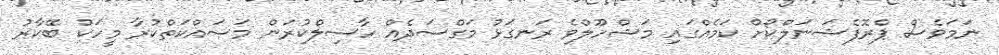
ނަަމަވެސް ޕްރޮފެޝަނަލްކޯށް ކަމެއްގައި މަޝްހޫލްވެ ރަނގަޅު މަގްސަދެއް ހާސިލްކުރަން މަސައްކަތްކުރާ މީހަކު ބޭކާރު